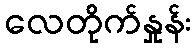
လေတိုက်နှုန်း